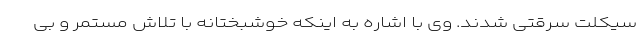
سیکلت سرقتی شدند. وی با اشاره به اینکه خوشبختانه با تلاش مستمر و بی